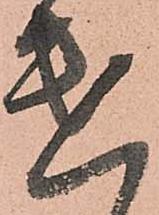
使